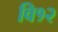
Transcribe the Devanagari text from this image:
वि१२